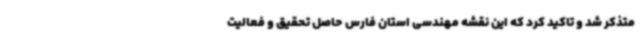
متذکر شد و تاکید کرد که این نقشه مهندسی استان فارس حاصل تحقیق و فعالیت